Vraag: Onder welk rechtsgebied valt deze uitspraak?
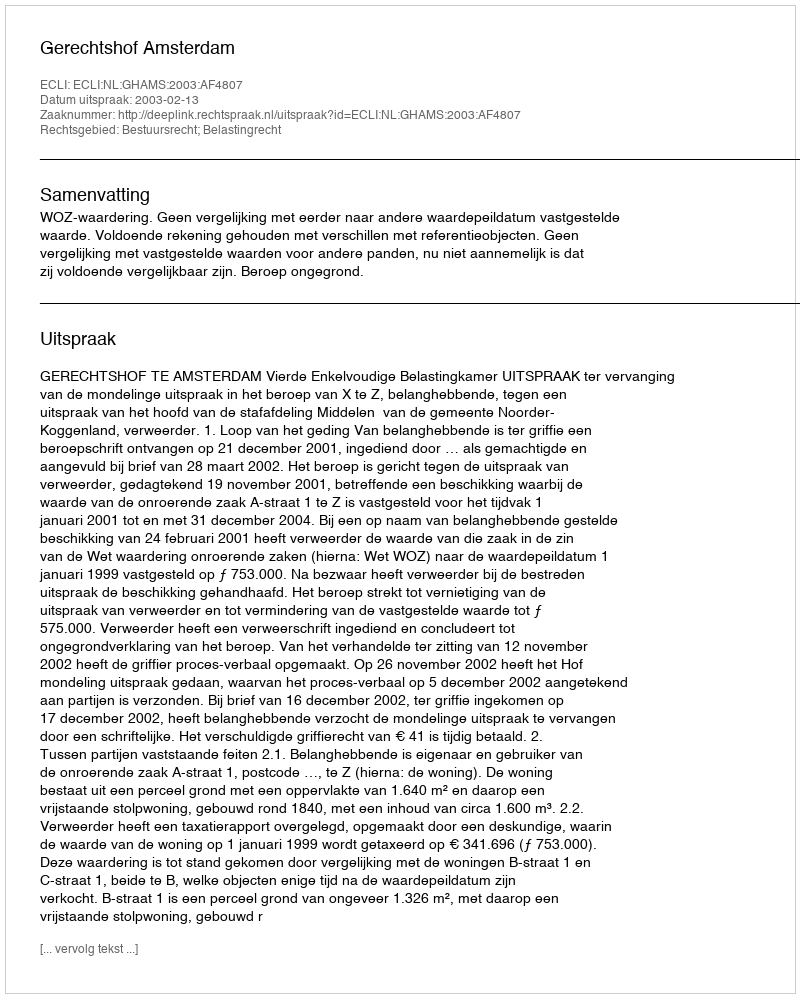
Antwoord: Bestuursrecht; Belastingrecht